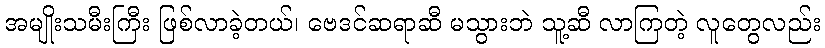
အမျိုးသမီးကြီး ဖြစ်လာခဲ့တယ်၊ ဗေဒင်ဆရာဆီ မသွားဘဲ သူ့ဆီ လာကြတဲ့ လူတွေလည်း